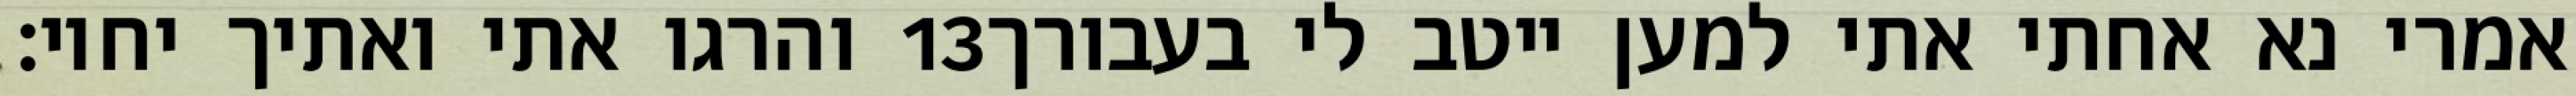
והרגו אתי ואתיך יחיו׃ ‎13‏ אמרי נא אחתי אתי למען ייטב לי בעבורך